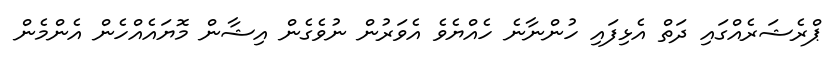
ޕްރެޝަރެއްގައި ދަތް އެޅިފައި ހުންނާނެ ހެއްޔެވެ އެވަރުން ނުވެގެން އިޝާން މޮޔައެއްހެން އެންމެން